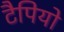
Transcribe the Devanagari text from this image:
टैपियो